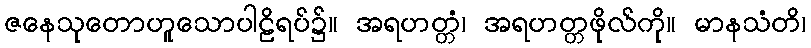
ဇနေသုတောဟူသောပါဠိရပ်၌။ အရဟတ္တံ၊ အရဟတ္တဖိုလ်ကို။ မာနသံတိ၊